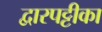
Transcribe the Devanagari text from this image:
द्वारपट्टीका